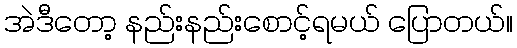
အဲဒီတော့ နည်းနည်းစောင့်ရမယ် ပြောတယ်။